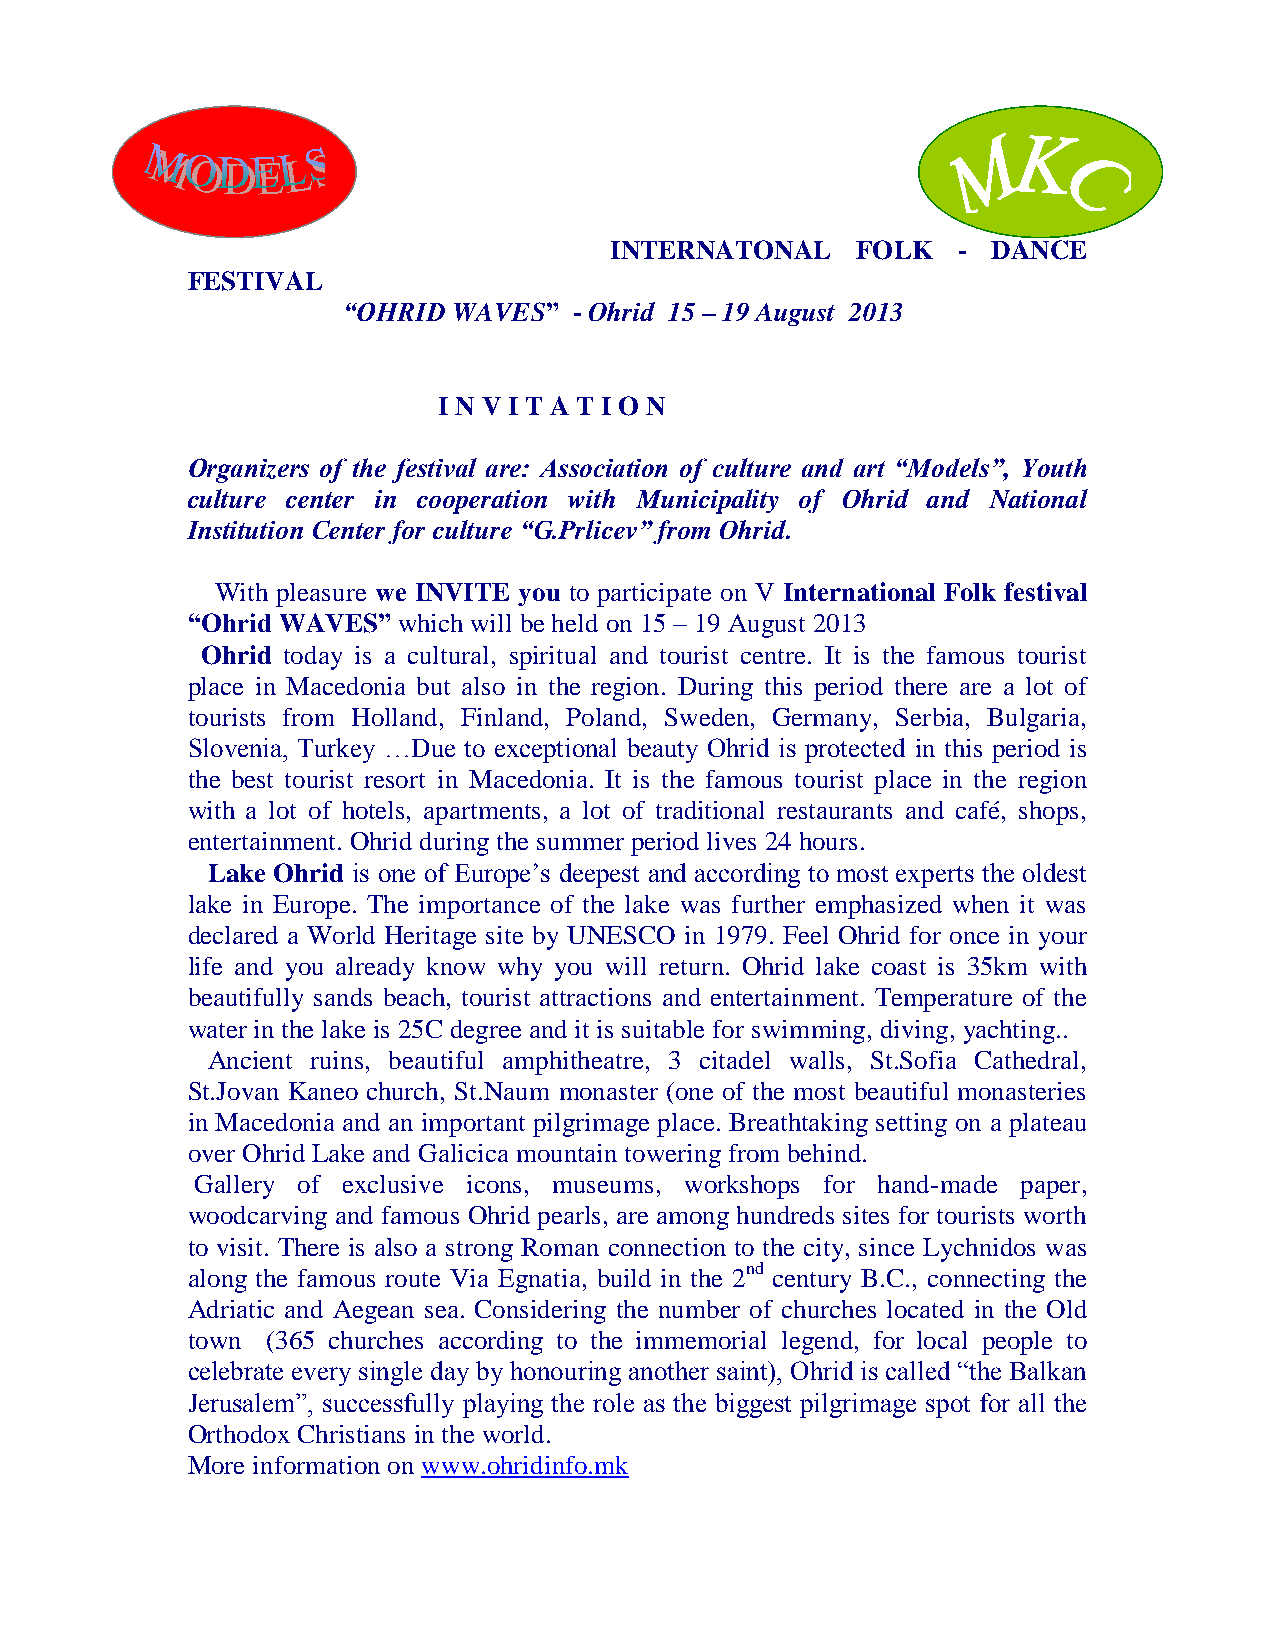
INTERNATONAL     FOLK  -  DANCE
 FESTIVAL
 “OHRID WAVES”  - Ohrid 15 – 19 August 2013
 I N V I T A T I O N
 Organizers of the festival are: Association of culture and art “Models”, Youth
 culture center in cooperation with Municipality of Ohrid and National
 Institution Center for culture “G.Prlicev” from Ohrid.
 With pleasure we INVITE you to participate on V International Folk festival
 “Ohrid WAVES” which will be held on 15 – 19 August 2013
 Ohrid today is a cultural, spiritual and tourist centre. It is the famous tourist
 place in Macedonia but also in the region. During this period there are a lot of
 tourists from Holland, Finland, Poland, Sweden, Germany, Serbia, Bulgaria,
 Slovenia, Turkey …Due to exceptional beauty Ohrid is protected in this period is
 the best tourist resort in Macedonia. It is the famous tourist place in the region
 with a lot of hotels, apartments, a lot of traditional restaurants and café, shops,
 entertainment. Ohrid during the summer period lives 24 hours.
 Lake Ohrid is one of Europe‟s deepest and according to most experts the oldest
 lake in Europe. The importance of the lake was further emphasized when it was
 declared a World Heritage site by UNESCO in 1979. Feel Ohrid for once in your
 life and you already know why you will return. Ohrid lake coast is 35km with
 beautifully sands beach, tourist attractions and entertainment. Temperature of the
 water in the lake is 25C degree and it is suitable for swimming, diving, yachting..
 Ancient ruins, beautiful amphitheatre, 3 citadel walls, St.Sofia Cathedral,
 St.Jovan Kaneo church, St.Naum monaster (one of the most beautiful monasteries
 in Macedonia and an important pilgrimage place. Breathtaking setting on a plateau
 over Ohrid Lake and Galicica mountain towering from behind.
 Gallery of exclusive icons, museums, workshops for hand-made paper,
 woodcarving and famous Ohrid pearls, are among hundreds sites for tourists worth
 to visit. There is also a strong Roman connection to the city, since Lychnidos was
 along the famous route Via Egnatia, build in the 2nd century B.C., connecting the
 Adriatic and Aegean sea. Considering the number of churches located in the Old
 town  (365 churches according to the immemorial legend, for local people to
 celebrate every single day by honouring another saint), Ohrid is called “the Balkan
 Jerusalem”, successfully playing the role as the biggest pilgrimage spot for all the
 Orthodox Christians in the world.
 More information on www.ohridinfo.mk